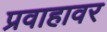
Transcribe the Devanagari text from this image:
प्रवाहावर